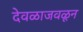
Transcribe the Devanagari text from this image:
देवळाजवळून